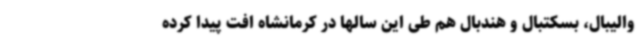
والیبال، بسکتبال و هندبال هم طی این سالها در کرمانشاه افت پیدا کرده